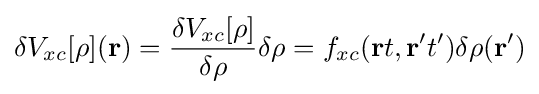
\delta V_{xc}[\rho ](\mathbf {r} )={\frac {\delta V_{xc}[\rho ]}{\delta \rho }}\delta \rho =f_{xc}(\mathbf {r} t,\mathbf {r'} t')\delta \rho (\mathbf {r'} )